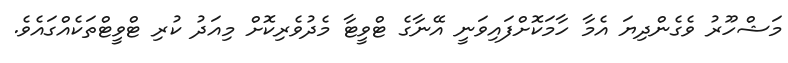
މަޝްހޫރު ވެގެންދިޔަ އެމާ ހާމަކޮށްފައިވަނީ އޭނާގެ ޓްވީޓާ މެދުވެރިކޮށް މިއަދު ކުރި ޓްވީޓްތަކެއްގައެވެ.